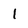
Character: l